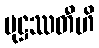
မုဋ္ဌဿတီဟိ